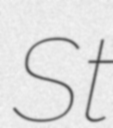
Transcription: St